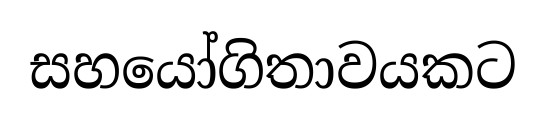
සහයෝගිතාවයකට